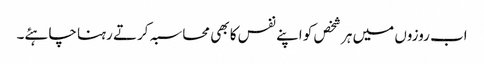
اب روزوں میں ہر شخص کو اپنے نفس کا بھی محاسبہ کرتے رہنا چاہئے۔